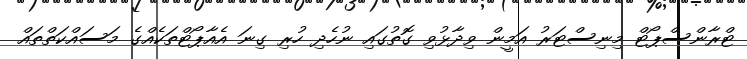
ޓްރާންސްޕޯޓް މިނިސްޓަރު އަމީން ވިދާޅުވި ގޮތުގައި ނުހެދި ހުރި ގިނަ އެއާޕޯޓްތަކެއްގެ މަސައްކަތްތައް